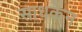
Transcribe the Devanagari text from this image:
साधकेन